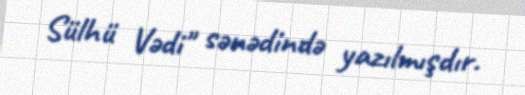
Sülhü Vədi" sənədində yazılmışdır.